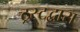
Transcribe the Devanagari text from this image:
ट्रस्टद्वारा